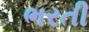
ભરતી